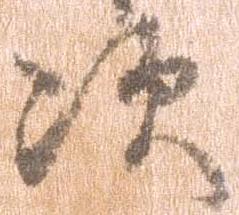
次